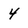
Character: 4